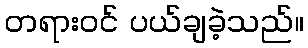
တရားဝင် ပယ်ချခဲ့သည်။